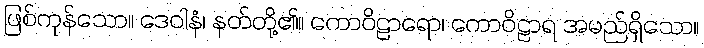
ဖြစ်ကုန်သော။ ဒေဝါနံ၊ နတ်တို့၏။ ကောဝိဠာရော၊ ကောဝိဠာရ အမည်ရှိသော။